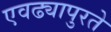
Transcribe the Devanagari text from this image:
एवढ्यापुरते